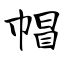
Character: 帽